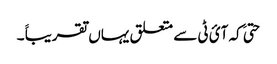
حتیَ کہ آئ ٹی سے متعلق یہاں تقریباََ ۔